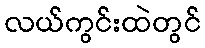
လယ်ကွင်းထဲတွင်